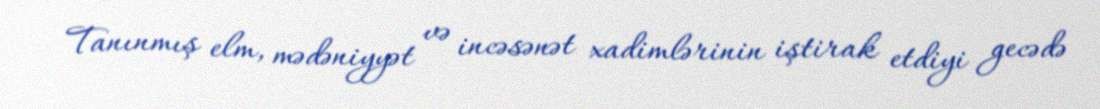
Tanınmış elm, mədəniyyət və incəsənət xadimlərinin iştirak etdiyi gecədə